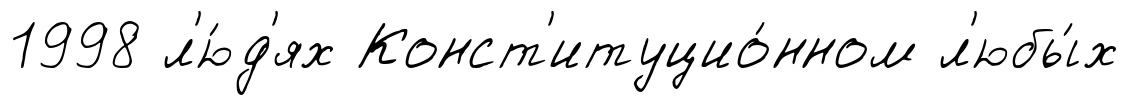
1998 л'ю́д'ях Конст'итуцио́нном л'юбы́х